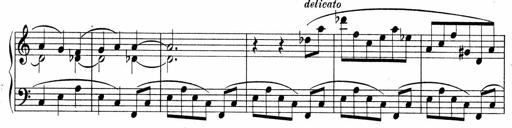
Title: Sonatina No.4
Composer: Abram Kimmell
Key: E minor